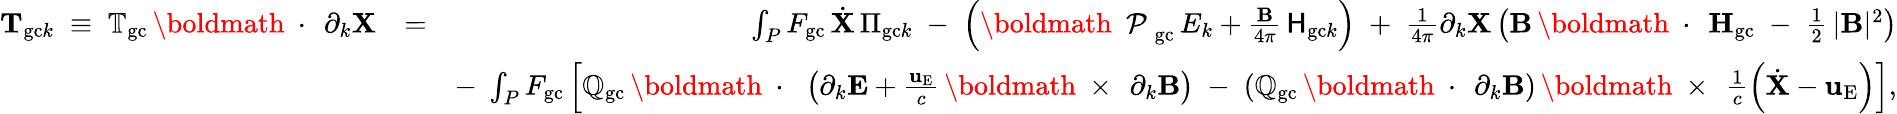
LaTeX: \begin{array}{rlr}{{\mathbf T}_{\mathrm{gc}k}\; \equiv\; \mathbb{T}_{\mathrm{gc}}\, \mathrm{\boldmath~\cdot~}\, \partial_{k}{\mathbf X}}&{=}&{\int_{P}F_{\mathrm{gc}}\, \dot{\mathbf X}\, \Pi_{\mathrm{gc}k}\; -\; \left(\mathrm{\boldmath~\cal~P~}_{\mathrm{gc}}\, E_{k}+\frac{\mathbf B}{4\pi}\, {\sf H}_{\mathrm{gc}k}\right)\; +\; \frac{1}{4\pi}\partial_{k}{\mathbf X}\left({\mathbf B}\, \mathrm{\boldmath~\cdot~}\, {\mathbf H}_{\mathrm{gc}}\; -\; \frac{1}{2}\, |{\mathbf B}|^{2}\right)}\\ &{}&{-\; \int_{P}F_{\mathrm{gc}}\left[\mathbb{Q}_{\mathrm{gc}}\, \mathrm{\boldmath~\cdot~}\, \left(\partial_{k}{\mathbf E}+\frac{{\mathbf u}_{\mathrm{E}}}{c}\, \mathrm{\boldmath~\times~}\, \partial_{k}{\mathbf B}\right)\; -\; \left(\mathbb{Q}_{\mathrm{gc}}\, \mathrm{\boldmath~\cdot~}\, \partial_{k}{\mathbf B}\right)\, \mathrm{\boldmath~\times~}\, \frac{1}{c}\left(\dot{\mathbf X}-{\mathbf u}_{\mathrm{E}}\right)\right],}\end{array}